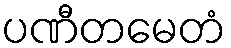
ပဏီတမေတံ